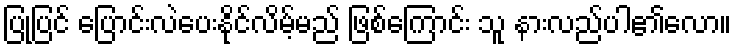
ပြုပြင် ပြောင်းလဲပေးနိုင်လိမ့်မည် ဖြစ်ကြောင်း သူ နားလည်ပါ၏လော။